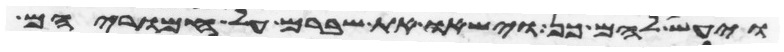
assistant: ויעש להם כן וישאו את שברם על חמריהם